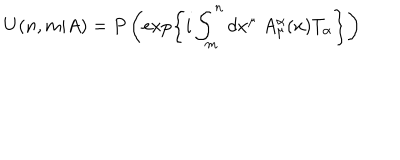
U ( n , m \vert A ) = P \left( \exp \left\{ i \int _ { m } ^ { n } d x ^ { \mu } \ A _ { \mu } ^ { \alpha } ( x ) T _ { \alpha } \right\} \right)